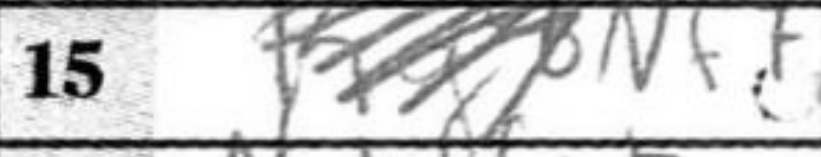
Transcription: Nf7